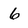
Character: 6